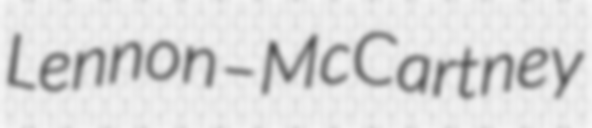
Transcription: Lennon–McCartney